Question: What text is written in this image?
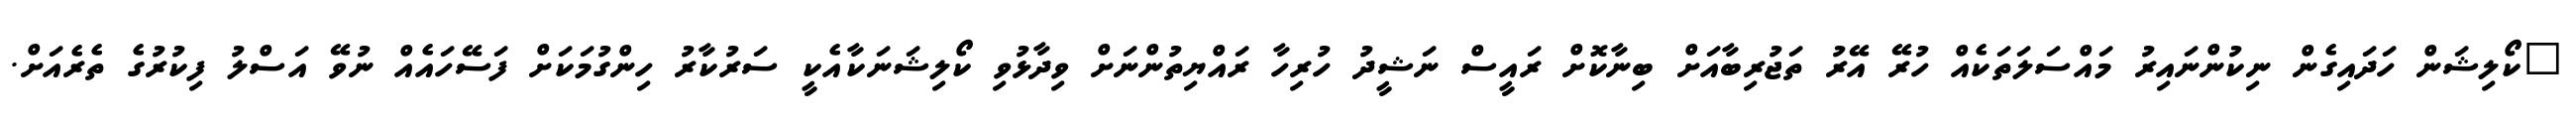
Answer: "ކޯލިޝަން ހަދައިގެން ނިކުންނައިރު މައްސަލަތަކެއް ހުރޭ އޭރު ތަޖުރިބާއަށް ބިނާކޮށް ރައީސް ނަޝީދު ހުރިހާ ރައްޔިތުންނަށް ވިދާޅުވި ކޯލިޝަނަކާއެކީ ސަރުކާރު ހިންގުމަކަށް ފަސޭހައެއް ނުވޭ އަސްލު ފިކުރުގެ ތެރެއަށް.